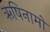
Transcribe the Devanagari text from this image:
ऋषिनामों